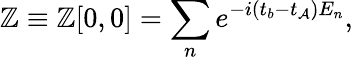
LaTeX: \mathbb{Z}\equiv\mathbb{Z}[0,0]=\sum_{n}e^{-i(t_{b}-t_{\mathcal{A}})E_{n}},